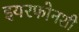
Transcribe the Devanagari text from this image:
इयरफोनशी